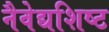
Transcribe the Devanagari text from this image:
नैवेद्यशिष्ट